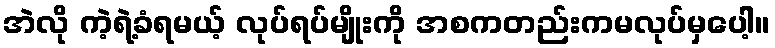
အဲလို ကဲ့ရဲ့ခံရမယ့် လုပ်ရပ်မျိုးကို အစကတည်းကမလုပ်မှပေါ့။